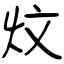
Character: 炆